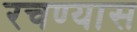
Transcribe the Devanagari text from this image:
रचण्यास